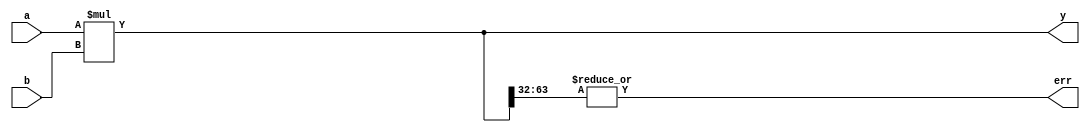
module mult(
	input	[31:0] a, b,
	output	[63:0] y,
	output         err);
	
	assign y = a * b;
	assign err = | y[63:32];
endmodule